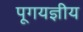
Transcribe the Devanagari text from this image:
पूगयज्ञीय